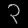
Digit: ၃